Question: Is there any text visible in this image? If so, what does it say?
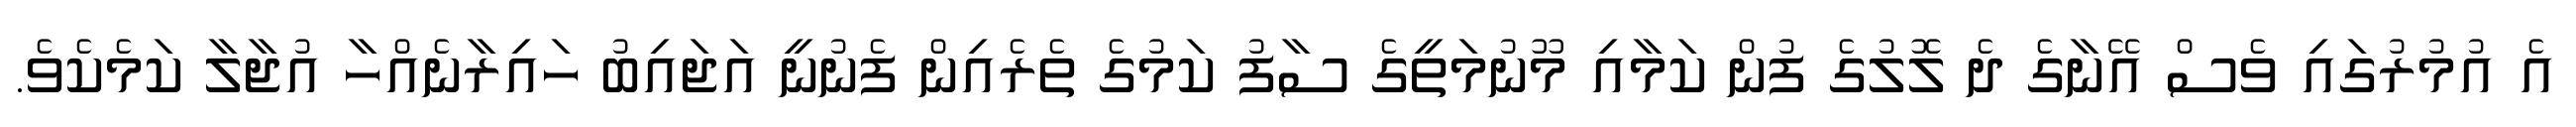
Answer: އެ އުމުރުގައި ވެސް އޭނާގެ ދެ ލޮލުގެ ފުން ކަމާއި މޫނުމަތީގެ ސާފު ކަމުގެ ތެރެއިން ފެނުނީ އަޖައިބު ހައިރާނެއްހާ އުޖާލާ ކަމެކެވެ.